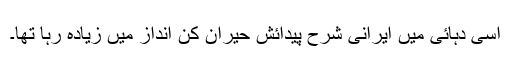
اسی دہائی میں ایرانی شرح پیدائش حیران کن انداز میں زیادہ رہا تھا۔